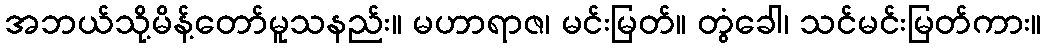
အဘယ်သို့မိန့်တော်မူသနည်း။ မဟာရာဇ၊ မင်းမြတ်။ တွံခေါ၊ သင်မင်းမြတ်ကား။